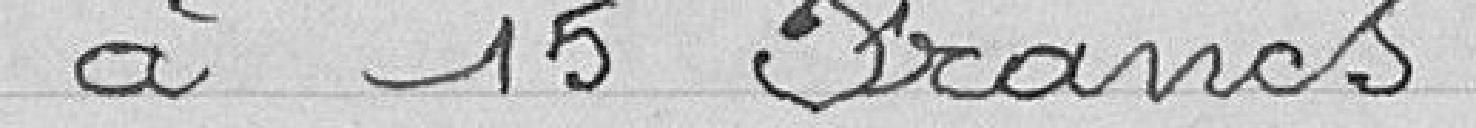
à 15 Francs